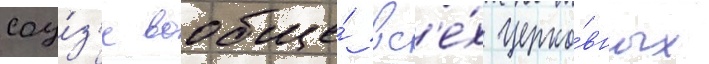
соу́з'е вообще́ вс'е́х церко́вных